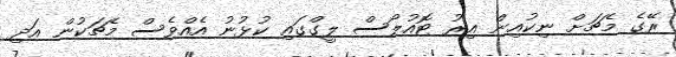
ރޭގެ މެޗަށް ނިކުއިން އިރު ޓޮއުލޯސް ލީގްގައި ކުޅުނު އެއްވެސް މެޗަކުން އަދި